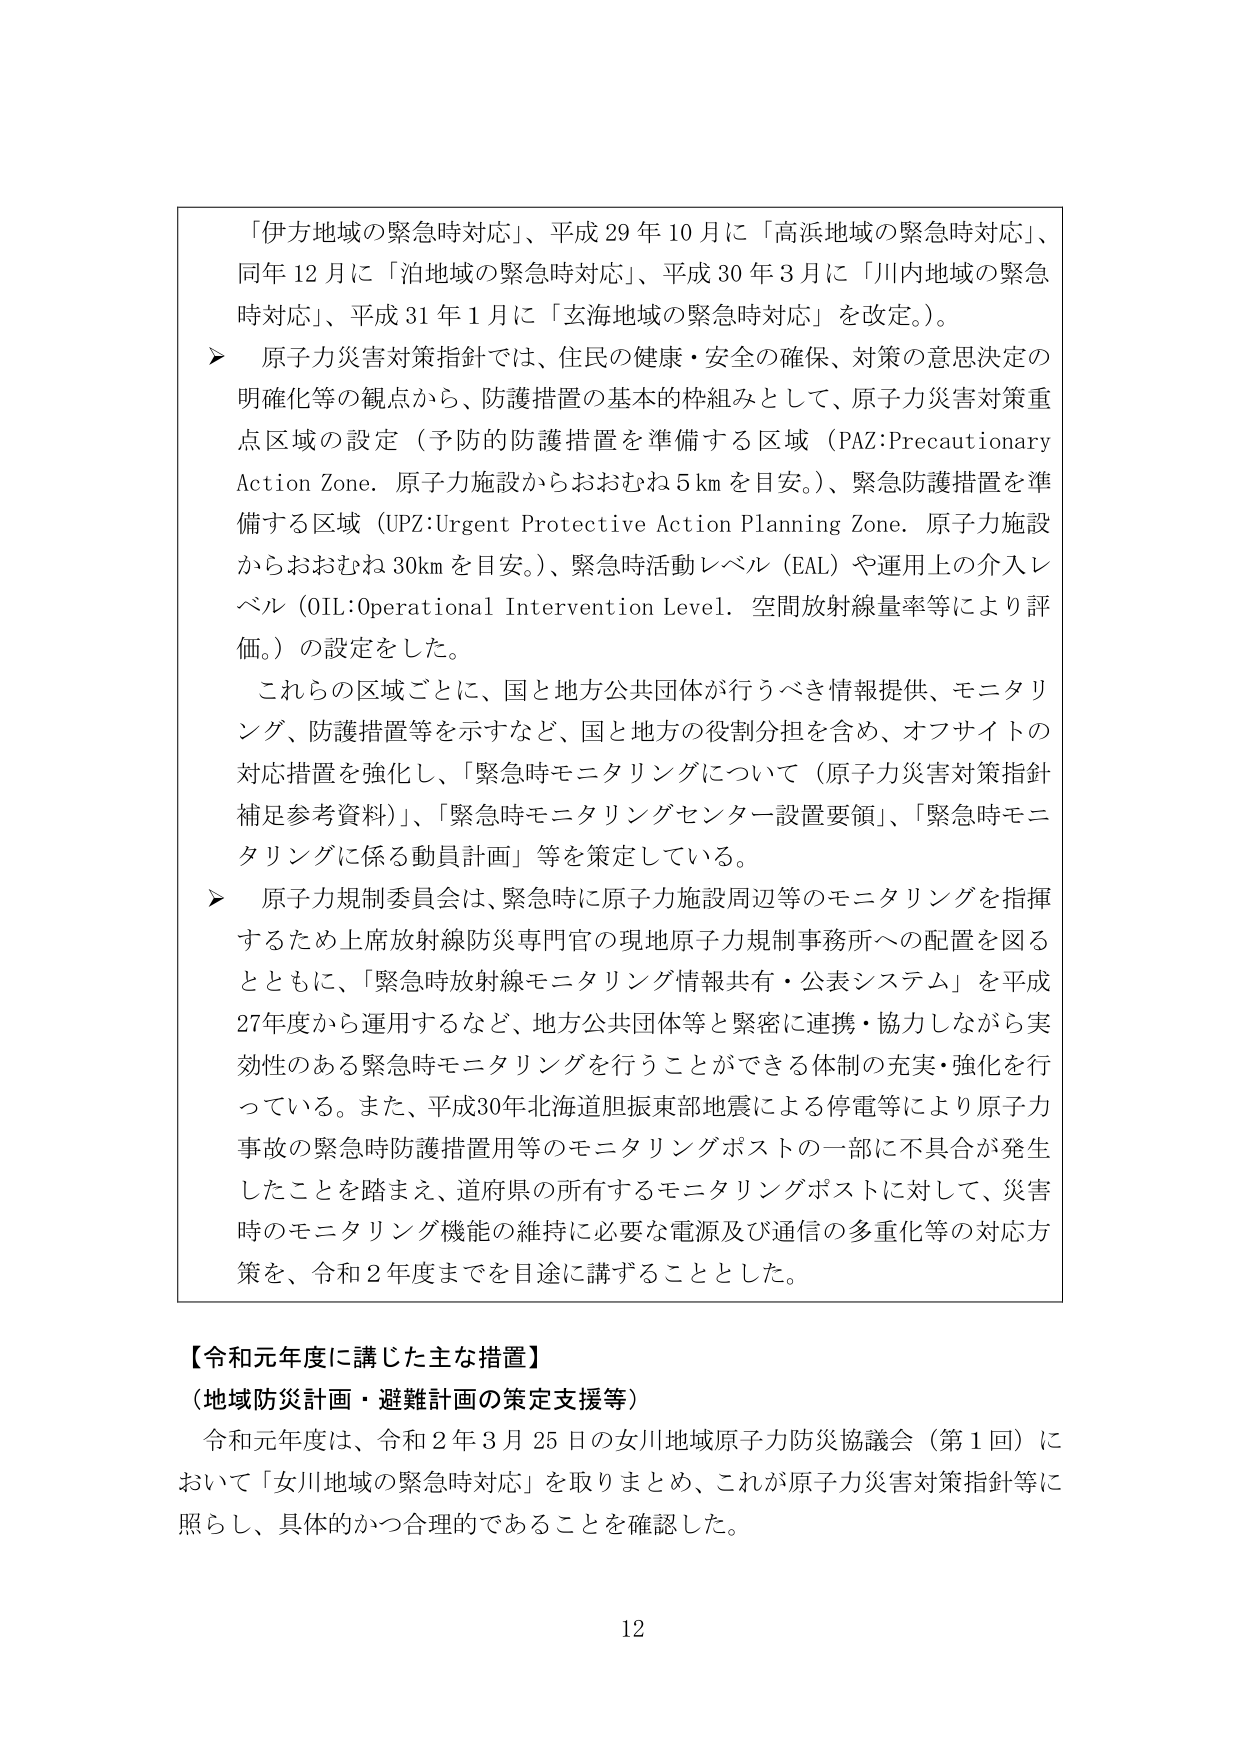
「伊方地域の緊急時対応」、平成29年10月に「高浜地域の緊急時対応」、同年12月に「泊地域の緊急時対応」、平成30年3月に「川内地域の緊急時対応」、平成31年1月に「玄海地域の緊急時対応」を改定。）。

▶ 原子力災害対策指針では、住民の健康・安全の確保、対策の意思決定の明確化等の観点から、防護措置の基本的枠組みとして、原子力災害対策重点区域の設定（予防的防護措置を準備する区域（PAZ:Precautionary Action Zone. 原子力施設からおおむね5kmを目安。）、緊急防護措置を準備する区域（UPZ:Urgent Protective Action Planning Zone. 原子力施設からおおむね30kmを目安。）、緊急時活動レベル（EAL）や運用上の介入レベル（OIL:Operational Intervention Level. 空間放射線量率等により評価。）の設定をした。

これらの区域ごとに、国と地方公共団体が行うべき情報提供、モニタリング、防護措置等を示すなど、国と地方の役割分担を含め、オフサイトの対応措置を強化し、「緊急時モニタリングについて（原子力災害対策指針補足参考資料）」、「緊急時モニタリングセンター設置要領」、「緊急時モニタリングに係る動員計画」等を策定している。

▶ 原子力規制委員会は、緊急時に原子力施設周辺等のモニタリングを指揮するため上席放射線防災専門官の現地原子力規制事務所への配置を図るとともに、「緊急時放射線モニタリング情報共有・公表システム」を平成27年度から運用するなど、地方公共団体等と緊密に連携・協力しながら実効性のある緊急時モニタリングを行うことができる体制の充実・強化を行っている。また、平成30年北海道胆振東部地震による停電等により原子力事故の緊急時防護措置用等のモニタリングポストの一部に不具合が発生したことを踏まえ、道府県の所有するモニタリングポストに対して、災害時のモニタリング機能の維持に必要な電源及び通信の多重化等の対応方策を、令和2年度までを目途に講ずることとした。

【令和元年度に講じた主な措置】
（地域防災計画・避難計画の策定支援等）

令和元年度は、令和2年3月25日の女川地域原子力防災協議会（第1回）において「女川地域の緊急時対応」を取りまとめ、これが原子力災害対策指針等に照らし、具体的かつ合理的であることを確認した。

12